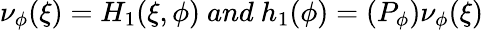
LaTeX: \nu_{\phi}(\xi)=H_{1}(\xi,\phi)\ and\ h_{1}(\phi)=(P_{\phi})\nu_{\phi}(\xi)